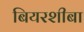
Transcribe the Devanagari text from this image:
बियरशीबा